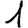
Digit: 1